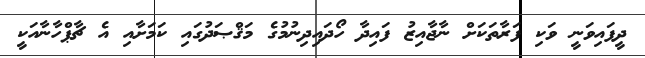
ދީފައިވަނީ ވަކި ފަރާތަކަށް ނާޖާއިޒު ފައިދާ ހޯދައިދިނުމުގެ މަޤްޞަދުގައި ކަމަށާއި އެ ޗާޕްހާނާއަކީ